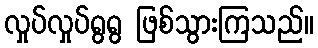
လှုပ်လှုပ်ရွရွ ဖြစ်သွားကြသည်။